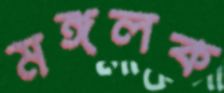
মঙ্গলক